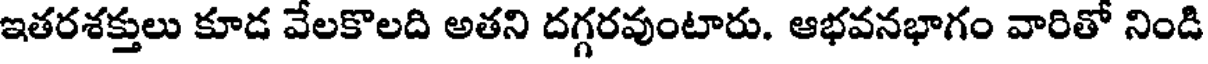
ఇతరశక్తులు కూడ వేలకొలది అతని దగ్గరవుంటారు. ఆభవనభాగం వారితో నిండి